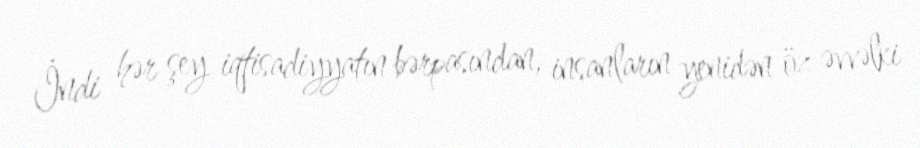
İndi hər şey iqtisadiyyatın bərpasından, insanların yenidən öz əvvəlki